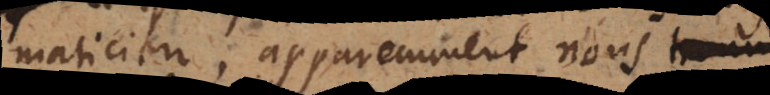
maticien; apparemment nous